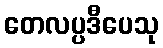
တေလပ္ပဒီပေသု